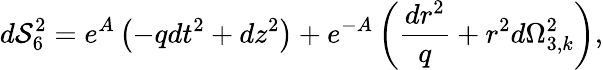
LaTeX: d\mathcal{S}_{6}^{2}=e^{A}\left(-qdt^{2}+dz^{2}\right)+e^{-A}\left(\frac{{dr^{2}}}{{q}}+r^{2}d\Omega_{3,k}^{2}\right),